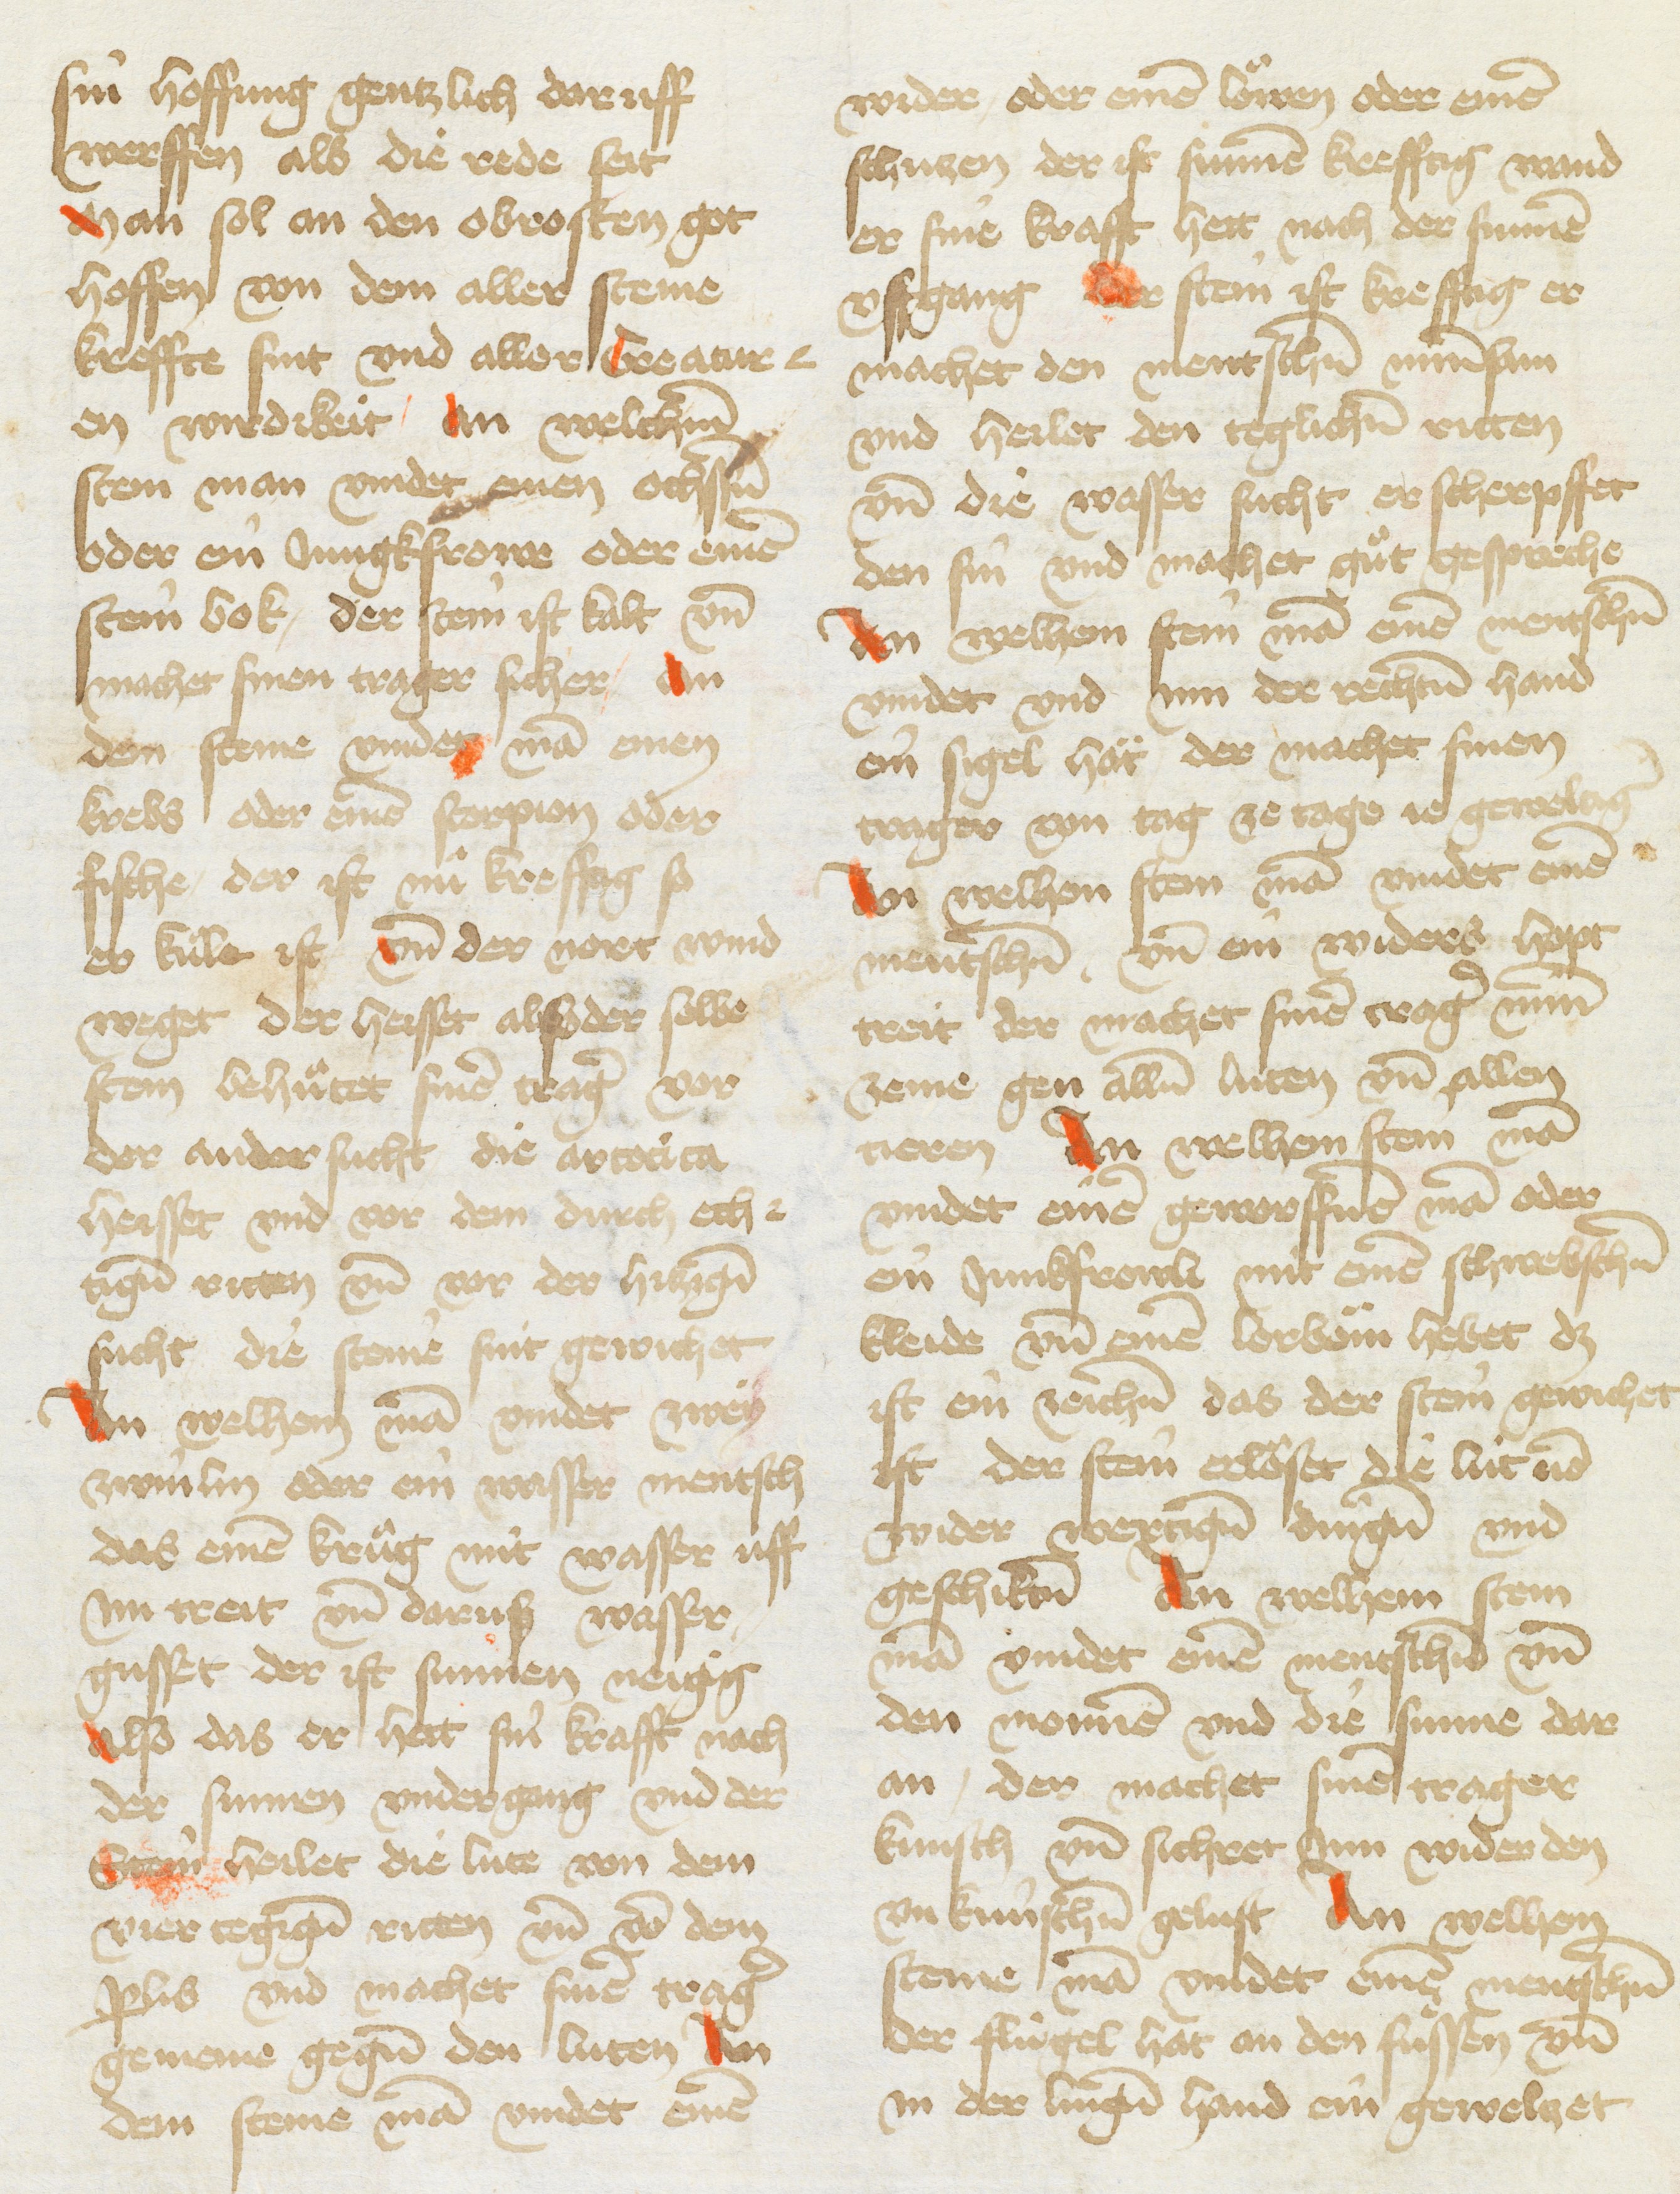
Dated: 1433–1465